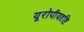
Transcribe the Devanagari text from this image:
यूरोपीयदृष्टि